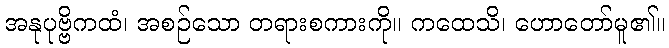
အနုပုဗ္ဗိကထံ၊ အစဉ်သော တရားစကားကို။ ကထေသိ၊ ဟောတော်မူ၏။